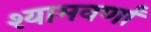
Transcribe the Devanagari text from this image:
श्यामवर्णां